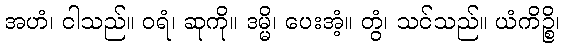
အဟံ၊ ငါသည်။ ဝရံ၊ ဆုကို။ ဒမ္မိ၊ ပေးအံ့။ တွံ၊ သင်သည်။ ယံကိဉ္စိ၊